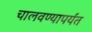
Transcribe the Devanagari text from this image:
चालवण्यापर्यंत